Tezpur Lunatic Asylum reports 1895-1904 - 1895-1904
Year: 1895
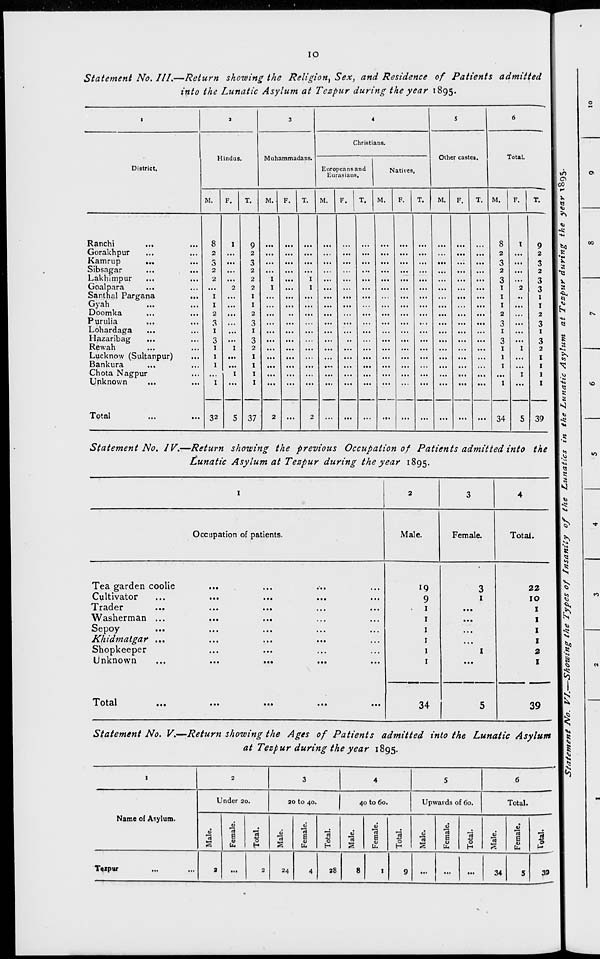
IO
Statement No. III.—Return showing the Religion^ Sex, and Residence of Patients admitted
into the Lunatic Asylum at Tezpur during the year 1895.
District.
Hindus.
Muhammadans.
Christians.
Europeans and
Eurasians.
Natives.
Other castes.
Total.
M.
F.
T.
M.
T.
M.
T.
M.
T.
M,
F.
M.
F.
in
00
H
V.
«3
*>
-to
s
a
•e
v
*j
h.
•v»
s
•v.
-<1
Ranchi
Gorakhpur
Kamrup
...
Sibsagar
Lakhimpur
Goalpara
Santhal Pargana
Gyah
Doomka
Purulia
Lohardaga
Hazaribag
Rewah
Lucknow (Sultanpur)
Bankura
Chota Nagpur
Unknown
Total
8
2
3
2
2
1
1
2
3
I
3
1
1
1
2
32
9
2
3
2
2
2
1
1
2
3
1
3
2
I
1
1
1
I
I
37
8
2
3
2
3
1
1
1
2
3
1
3
1
1
1
34
1
9
2
3
2
3
3
1
1
2
3
1
3
2
1
1
1
1
39
Statement No. IV.—Return showing the previous Occupation of Patients admitted into the
Lunatic Asylum at Tezpur during the year 1895.
I
2
3
4
Occupation of patients.
Male.
Female.
Total.
Tea garden coolie
Cultivator
...
...
irnuor
...
...
...
...
...
Washerman ...
Sepoy
Khidmatgar ...
Shopkeeper
Unknown
...
...
...
...
19
9
1
1
1
1
1
1
3
1
1
22
IO
I
I
I
I
2
I
1 otai
...
...
...
...
...
34
5
39
Statement No. V.— Return showing the Ages of Patients admitted into the Lunatic Asylum
at Tezpur during the year 1895.
1
2
3
4
5
6
Under 20.
20 to 40.
I
40 to 60.
Upwards of 60.
Total.
Name of Asylum.
E
J2
0
a
E
<u
to
5
"0
r-
0
"a
E
0
3
0
E
0
to
3
0
H
0)
IS
JO
E
0
to
3
0
T»>xpur
3
...
2
24
4
28
8
1
9
...
...
...
34
5
39
V
K
!
8